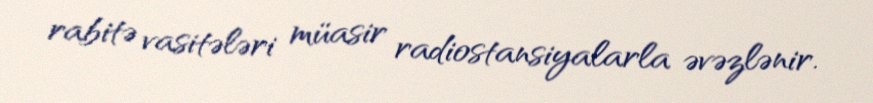
rabitə vasitələri müasir radiostansiyalarla əvəzlənir.